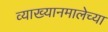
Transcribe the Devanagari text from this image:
व्याख्यानमालेच्या